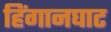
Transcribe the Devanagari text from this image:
हिंगानघाट